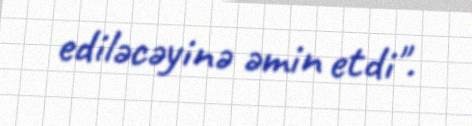
ediləcəyinə əmin etdi".